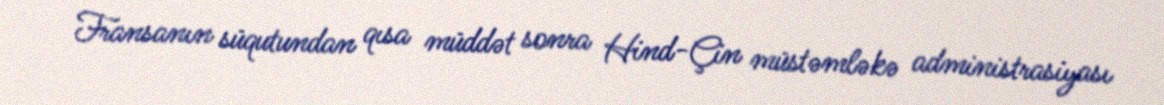
Fransanın süqutundan qısa müddət sonra Hind-Çin müstəmləkə administrasiyası